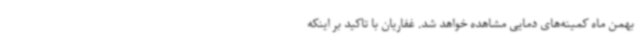
بهمن ماه کمینه‌های دمایی مشاهده خواهد شد. غفاریان با تاکید بر اینکه